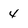
Character: 4